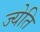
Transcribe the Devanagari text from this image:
ज्येति